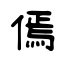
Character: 傿